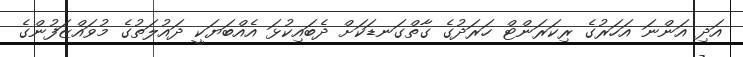
އަދި އަންނަ އަހަރުގެ ރިކަރަންޓް ހަރަދުގެ ގާތްގަނޑަކަށް ދެބައިކުޅަ އެއްބަޔަކީ ދައުލަތުގެ މުވައްޒަފުންގެ